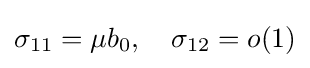
\sigma _{11}=\mu b_{0},\quad \sigma _{12}=o(1)